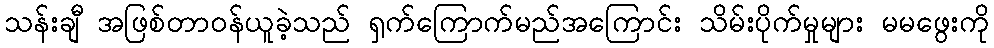
သန်းချီ အဖြစ်တာဝန်ယူခဲ့သည် ရှက်ကြောက်မည်အကြောင်း သိမ်းပိုက်မှုများ မမဖွေးကို